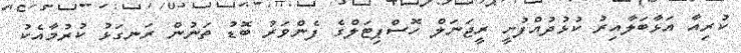
ކުރިއާ އަޅާބަލާއިރު ކުޅުދުއްފުށީ ރީޖަނަލް ހޮސްޕިޓަލްގެ ފެންވަރު ބޮޑު ތަނުން ރަނގަޅު ކުރުމާއެކު